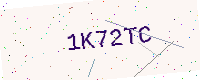
Text: 1K72TC